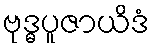
ဗုဒ္ဓပူဇာယိဒံ